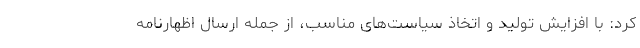
کرد: با افزایش تولید و اتخاذ سیاست‌های مناسب، از جمله ارسال اظهارنامه